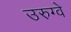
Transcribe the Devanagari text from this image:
उरुग्‍वे